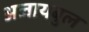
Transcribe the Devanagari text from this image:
अजायबुल